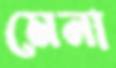
মেনা